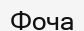
Фоча